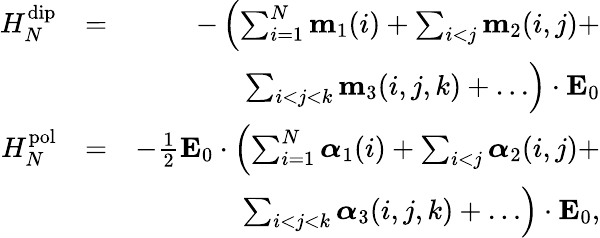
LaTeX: \begin{array}{rlr}{H_{N}^{\mathrm{dip}}}&{=}&{-\left(\sum_{i=1}^{N}\mathbf{m}_{1}(i)+\sum_{i<j}\mathbf{m}_{2}(i,j)+\right.}\\ &{}&{\left.\sum_{i<j<k}\mathbf{m}_{3}(i,j,k)+\ldots\right)\cdot\mathbf{E}_{0}}\\ {H_{N}^{\mathrm{pol}}}&{=}&{-\frac{1}{2}\mathbf{E}_{0}\cdot\left(\sum_{i=1}^{N}\boldsymbol{\alpha}_{1}(i)+\sum_{i<j}\boldsymbol{\alpha}_{2}(i,j)+\right.}\\ &{}&{\left.\sum_{i<j<k}\boldsymbol{\alpha}_{3}(i,j,k)+\ldots\right)\cdot\mathbf{E}_{0},}\end{array}